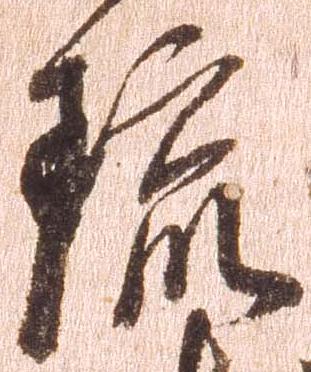
琉